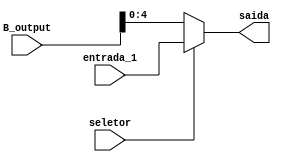
module shift_amount(
    input  wire seletor,
        
    input wire [31:0] B_output,          // Registrador B - 0
    input wire [10:6] entrada_1,          // Inst.6-10 - 1

    output wire [4:0] saida
);
    assign saida = (seletor ? entrada_1 : B_output);
    // [0] = ent1, seno = ent0
endmodule